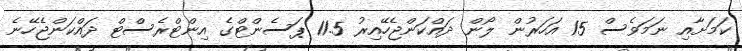
ކަމަށާއި ނަމަވެސް 15 އަހަރުން ލޯން ދައްކަންޖެހޭއިރު 11.5 ޕަސެންޓްގެ އިންޓްރެސްޓް ދައްކަންޖެހޭނެ